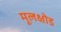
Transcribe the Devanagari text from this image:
मूलक्षोड